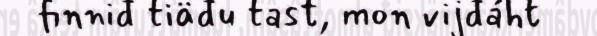
finniđ tiäđu tast, mon vijđáht